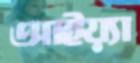
আইয়্যা